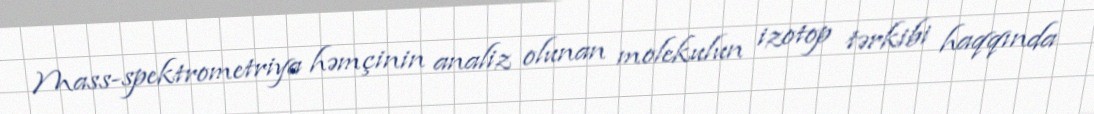
Mass-spektrometriya həmçinin analiz olunan molekulun izotop tərkibi haqqında